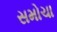
સમોચા